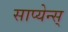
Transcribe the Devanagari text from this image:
साप्येन्स्